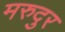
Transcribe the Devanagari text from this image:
मरुदुर